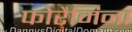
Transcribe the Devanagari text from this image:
फोरैमिना